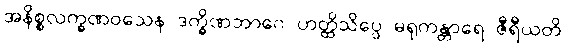
အနိစ္စလက္ခဏဝသေန ဒက္ခိဏဘာဂေ ဟတ္ထိသိပ္ပေ မရုကန္တာရေ ဇီရီယတိ